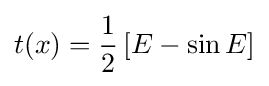
t(x)={\frac {1}{2}}\left[E-\sin E\right]